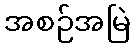
အစဉ်အမြဲ